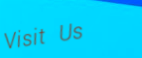
Visit Us